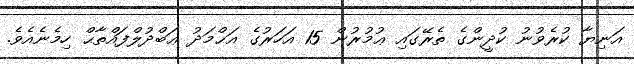
އަނިޔާ ކުރެވުނު ކުދީންގެ ތެރޭގައި ޢުމުރުން 15 އަހަރުގެ އަޙްމަދު ޢަބްދުލްފައްތާޙް ހިމެނެއެވެ.